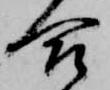
合